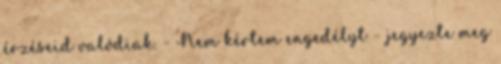
érzéseid valódiak. - Nem kértem engedélyt – jegyezte meg